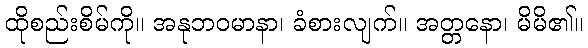
ထိုစည်းစိမ်ကို။ အနုဘဝမာနာ၊ ခံစားလျက်။ အတ္တနော၊ မိမိ၏။